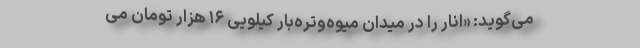
می‌گوید: «انار را در میدان میوه‌وتره‌بار کیلویی ۱۶ هزار تومان می‌